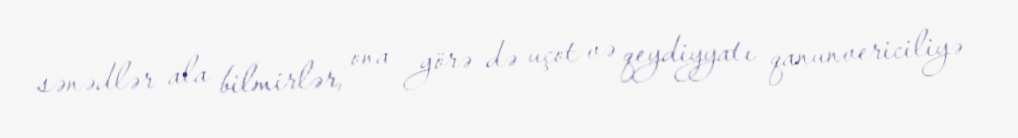
sənədlər ala bilmirlər, ona görə də uçot və qeydiyyatı qanunvericiliyə